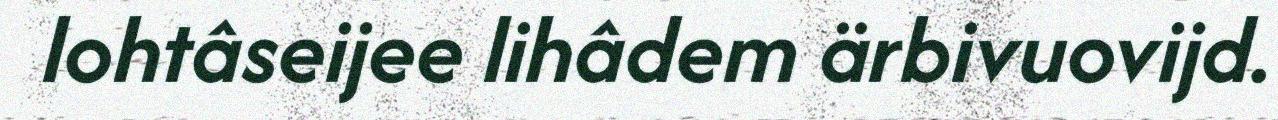
lohtâseijee lihâdem ärbivuovijd.